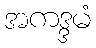
အကဒ္ဒမံ